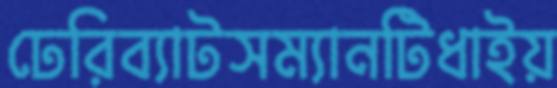
ঢেরিব্যাটসম্যানটিধাইয়